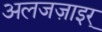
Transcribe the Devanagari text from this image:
अलजज़ाइर्